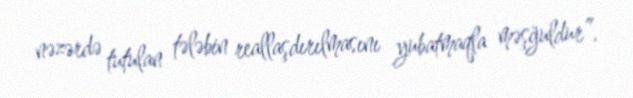
nəzərdə tutulan tələbin reallaşdırılmasını yubatmaqla məşğuldur”.